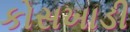
કોસખાડી